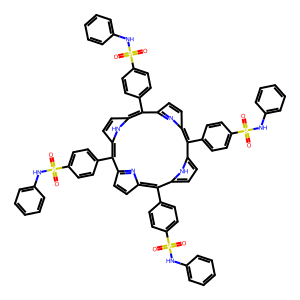
SMILES: O=S(=O)(Nc1ccccc1)c1ccc(-c2c3ccc(n3)c(-c3ccc(S(=O)(=O)Nc4ccccc4)cc3)c3ccc([nH]3)c(-c3ccc(S(=O)(=O)Nc4ccccc4)cc3)c3ccc(n3)c(-c3ccc(S(=O)(=O)Nc4ccccc4)cc3)c3ccc2[nH]3)cc1
Inhibits HIV replication: No